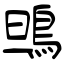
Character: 鴠